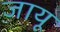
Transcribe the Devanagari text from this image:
जायू